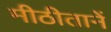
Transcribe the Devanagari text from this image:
मीठीतानें